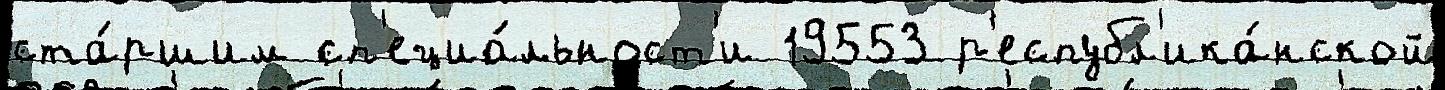
ста́ршим сп'ециа́льност'и 19553 р'еспубл'ика́нской